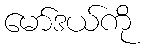
မော်ဒယ်ကို